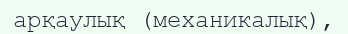
арқаулық (механикалық),